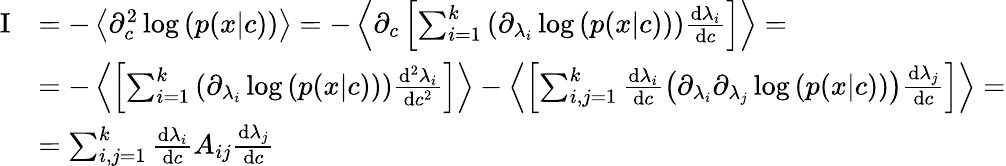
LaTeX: \begin{array}{rl}{\mathrm{I}}&{=-\left\langle\partial_{c}^{2}\log\left(p(x|c)\right)\right\rangle=-\left\langle\partial_{c}\left[\sum_{i=1}^{k}\left(\partial_{\lambda_{i}}\log\left(p(x|c)\right)\right)\frac{\mathrm{d}\lambda_{i}}{\mathrm{d}c}\right]\right\rangle=}\\ &{=-\left\langle\left[\sum_{i=1}^{k}\left(\partial_{\lambda_{i}}\log\left(p(x|c)\right)\right)\frac{\mathrm{d}^{2}\lambda_{i}}{\mathrm{d}c^{2}}\right]\right\rangle-\left\langle\left[\sum_{i,j=1}^{k}\frac{\mathrm{d}\lambda_{i}}{\mathrm{d}c}\left(\partial_{\lambda_{i}}\partial_{\lambda_{j}}\log\left(p(x|c)\right)\right)\frac{\mathrm{d}\lambda_{j}}{\mathrm{d}c}\right]\right\rangle=}\\ &{=\sum_{i,j=1}^{k}\frac{\mathrm{d}\lambda_{i}}{\mathrm{d}c}A_{ij}\frac{\mathrm{d}\lambda_{j}}{\mathrm{d}c}}\end{array}